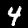
Digit: 4